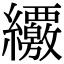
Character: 𦇸